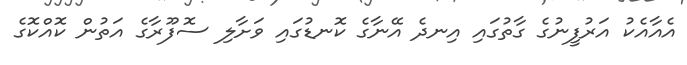
އެއާއެކު އަރުފީނުގެ ގާތުގައި އިނދެ އޭނާގެ ކޮނޑުގައި ވަށާލި ސޮފޫރާގެ އަތުން ކޮއްކޮގެ